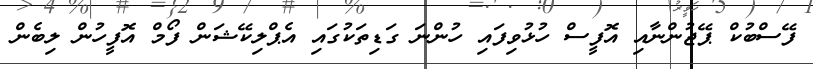
ފޭސްބުކް ޕޭޖުންނާއި އޮފީސް ހުޅުވިފައި ހުންނަ ގަޑިތަކުގައި އެޕްލިކޭޝަން ފޯމް އޮފީހުން ލިބެން